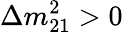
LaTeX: \Delta m_{21}^{2}>0